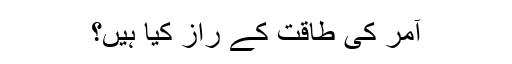
آمر کی طاقت کے راز کیا ہیں؟